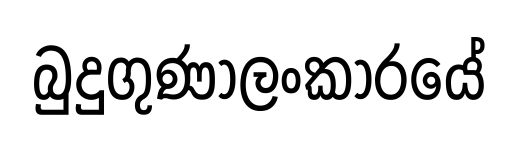
බුදුගුණාලංකාරයේ